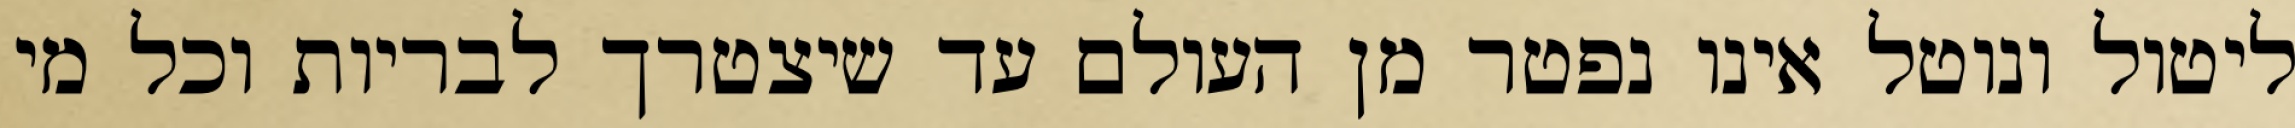
ליטול ונוטל אינו נפטר מן העולם עד שיצטרך לבריות וכל מי